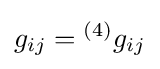
g_{ij}={^{(4)}}g_{ij}